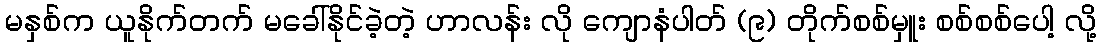
မနှစ်က ယူနိုက်တက် မခေါ်နိုင်ခဲ့တဲ့ ဟာလန်း လို ကျောနံပါတ် (၉) တိုက်စစ်မှူး စစ်စစ်ပေါ့ လို့